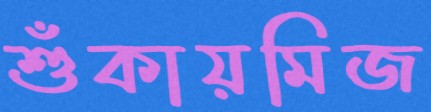
শুঁকায়মিজ